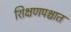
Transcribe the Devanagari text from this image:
शिक्षणपश्चात